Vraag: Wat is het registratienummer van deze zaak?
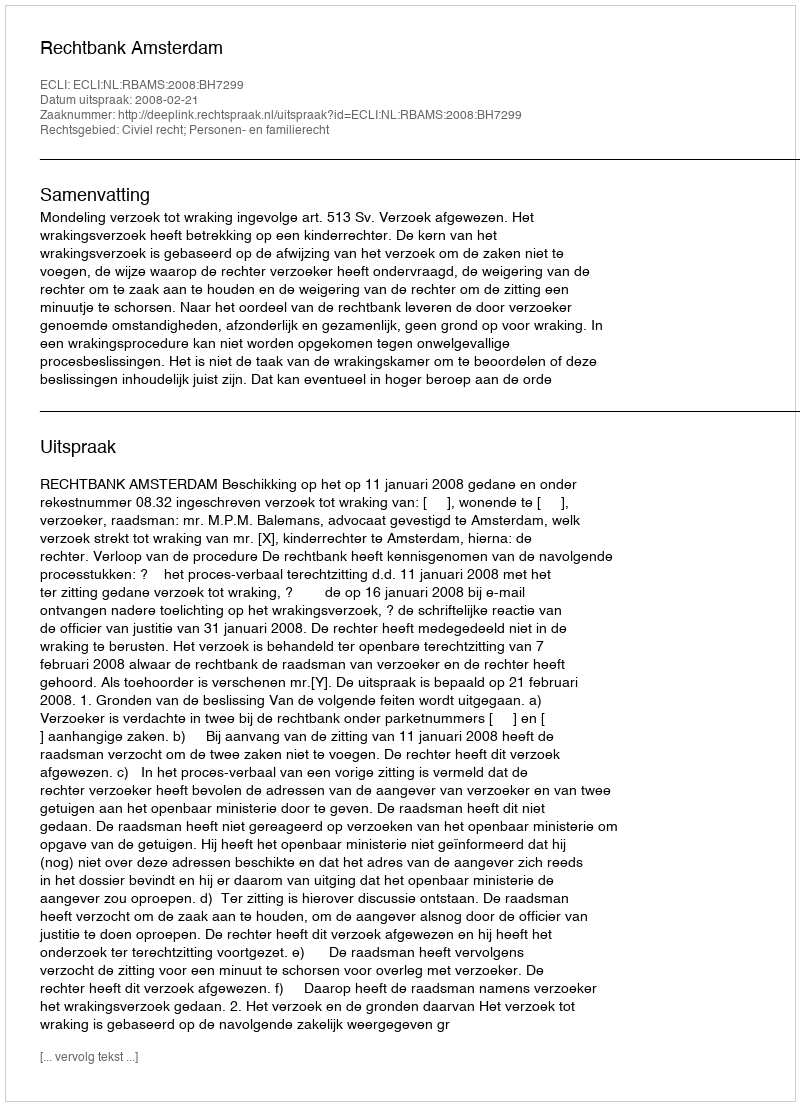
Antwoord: http://deeplink.rechtspraak.nl/uitspraak?id=ECLI:NL:RBAMS:2008:BH7299